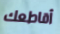
أقاطعك